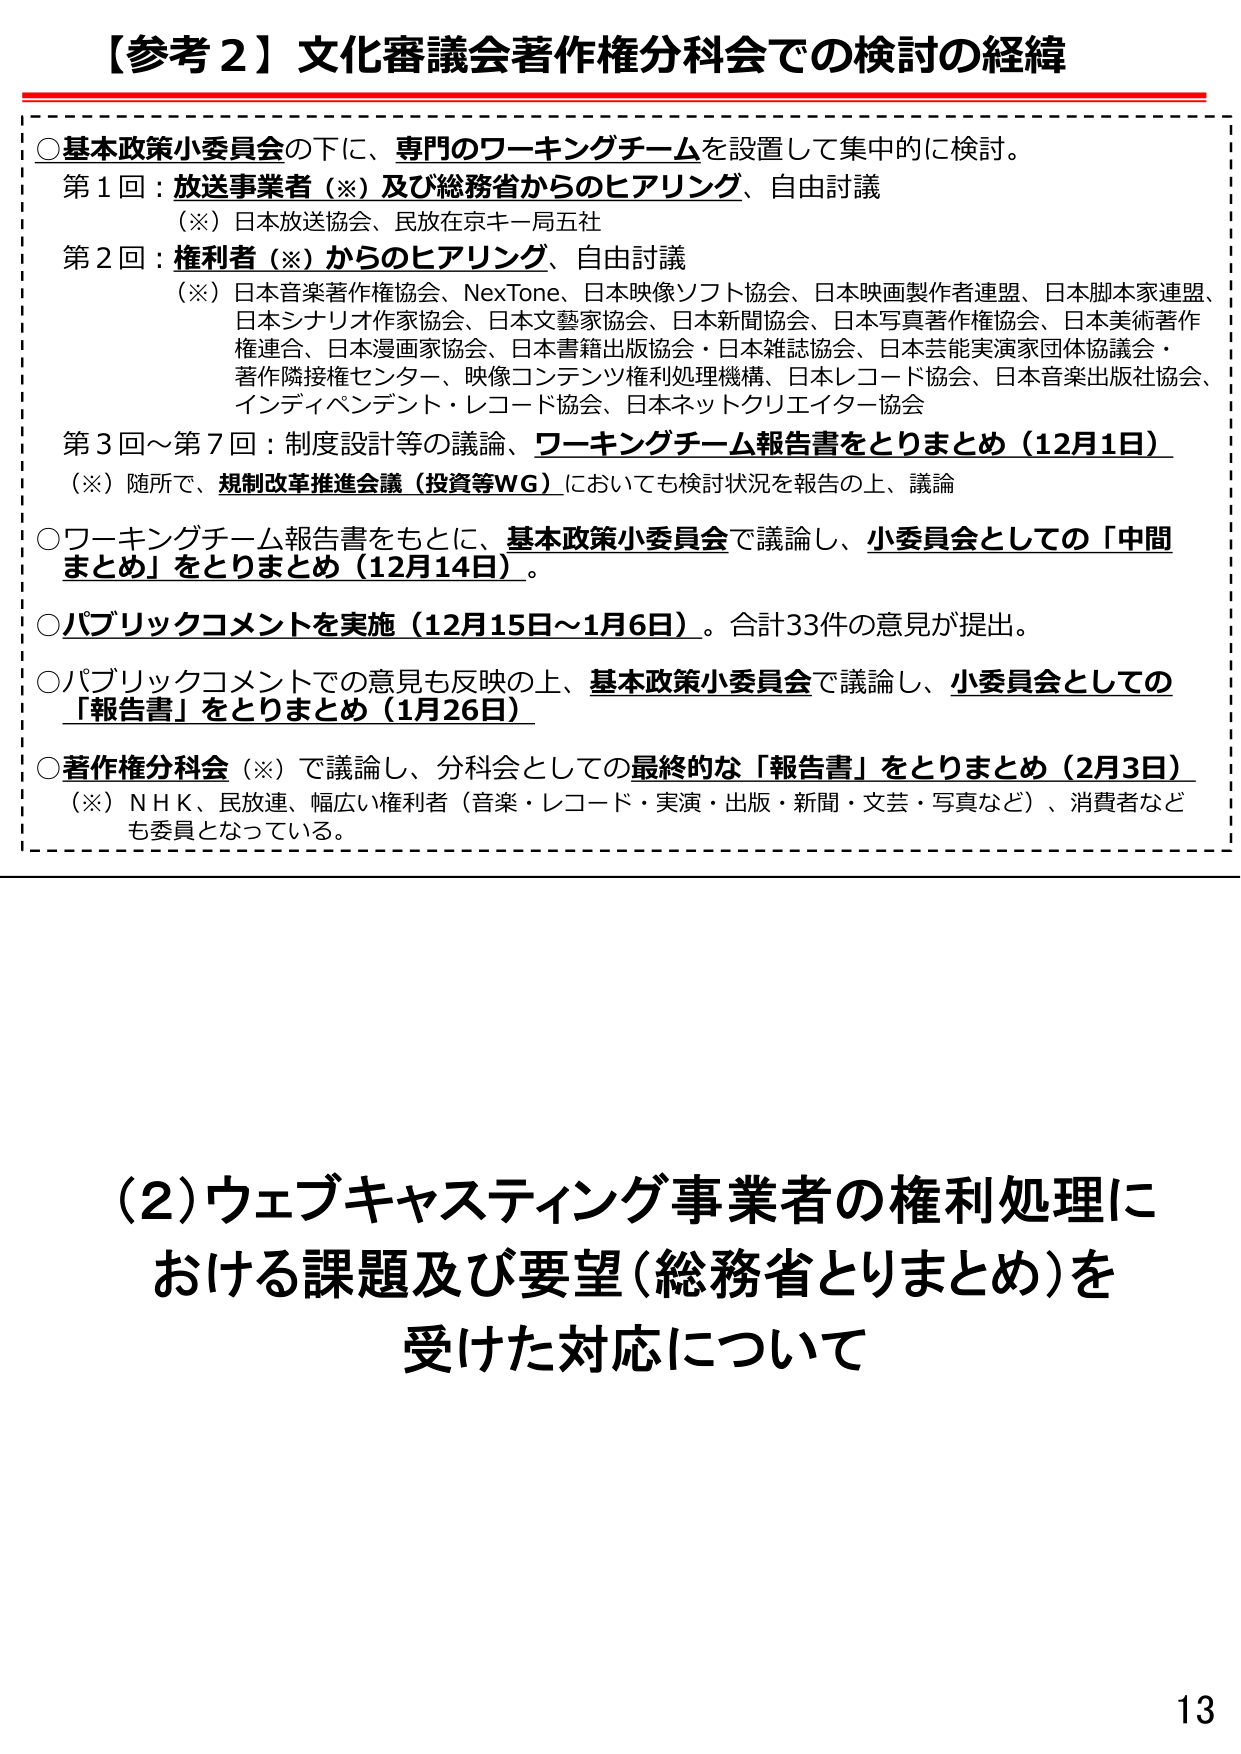
【参考２】文化審議会著作権分科会での検討の経緯

○基本政策小委員会の下に、専門のワーキングチームを設置して集中的に検討。
第１回：放送事業者（※）及び総務省からのヒアリング、自由討議
（※）日本放送協会、民放在京キー局五社
第２回：権利者（※）からのヒアリング、自由討議
（※）日本音楽著作権協会、NexTone、日本映像ソフト協会、日本映画製作者連盟、日本脚本家連盟、
日本シナリオ作家協会、日本文藝家協会、日本新聞協会、日本写真著作権協会、日本美術著作
権連合、日本漫画家協会、日本書籍出版協会・日本雑誌協会、日本芸能実演家団体協議会・
著作隣接権センター、映像コンテンツ権利処理機構、日本レコード協会、日本音楽出版社協会、
インディペンデント・レコード協会、日本ネットクリエイター協会
第３回～第７回：制度設計等の議論、ワーキングチーム報告書をとりまとめ（12月1日）
（※）随所で、規制改革推進会議（投資等WG）においても検討状況を報告の上、議論

○ワーキングチーム報告書をもとに、基本政策小委員会で議論し、小委員会としての「中間まとめ」をとりまとめ（12月14日）。

○パブリックコメントを実施（12月15日～1月6日）。合計33件の意見が提出。

○パブリックコメントでの意見も反映の上、基本政策小委員会で議論し、小委員会としての「報告書」をとりまとめ（1月26日）

○著作権分科会（※）で議論し、分科会としての最終的な「報告書」をとりまとめ（2月3日）
（※）ＮＨＫ、民放連、幅広い権利者（音楽・レコード・実演・出版・新聞・文芸・写真など）、消費者など
も委員となっている。

（2）ウェブキャスティング事業者の権利処理における課題及び要望（総務省とりまとめ）を受けた対応について

13